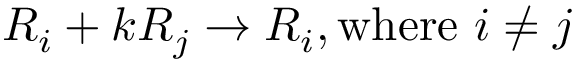
R _ { i } + k R _ { j } \rightarrow R _ { i } , { \mathrm { w h e r e ~ } } i \neq j